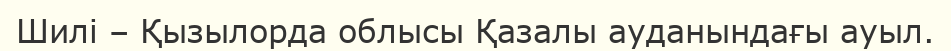
Шилі – Қызылорда облысы Қазалы ауданындағы ауыл.